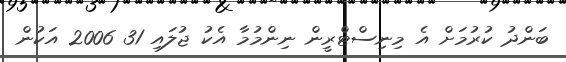
ބަންދު ކުރުމަށް އެ މިނިސްޓްރީން ނިންމުމާ އެކު ޖުލައި 31 2006 އަކުން